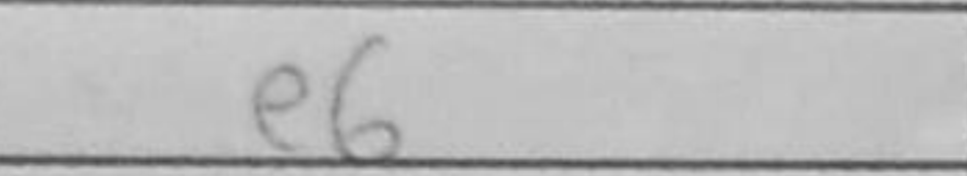
Transcription: e6